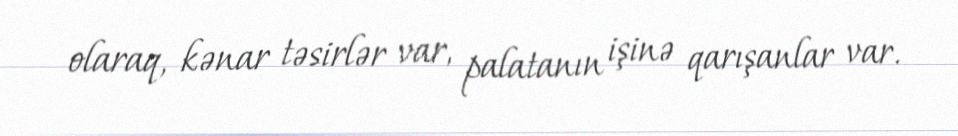
olaraq, kənar təsirlər var, palatanın işinə qarışanlar var.